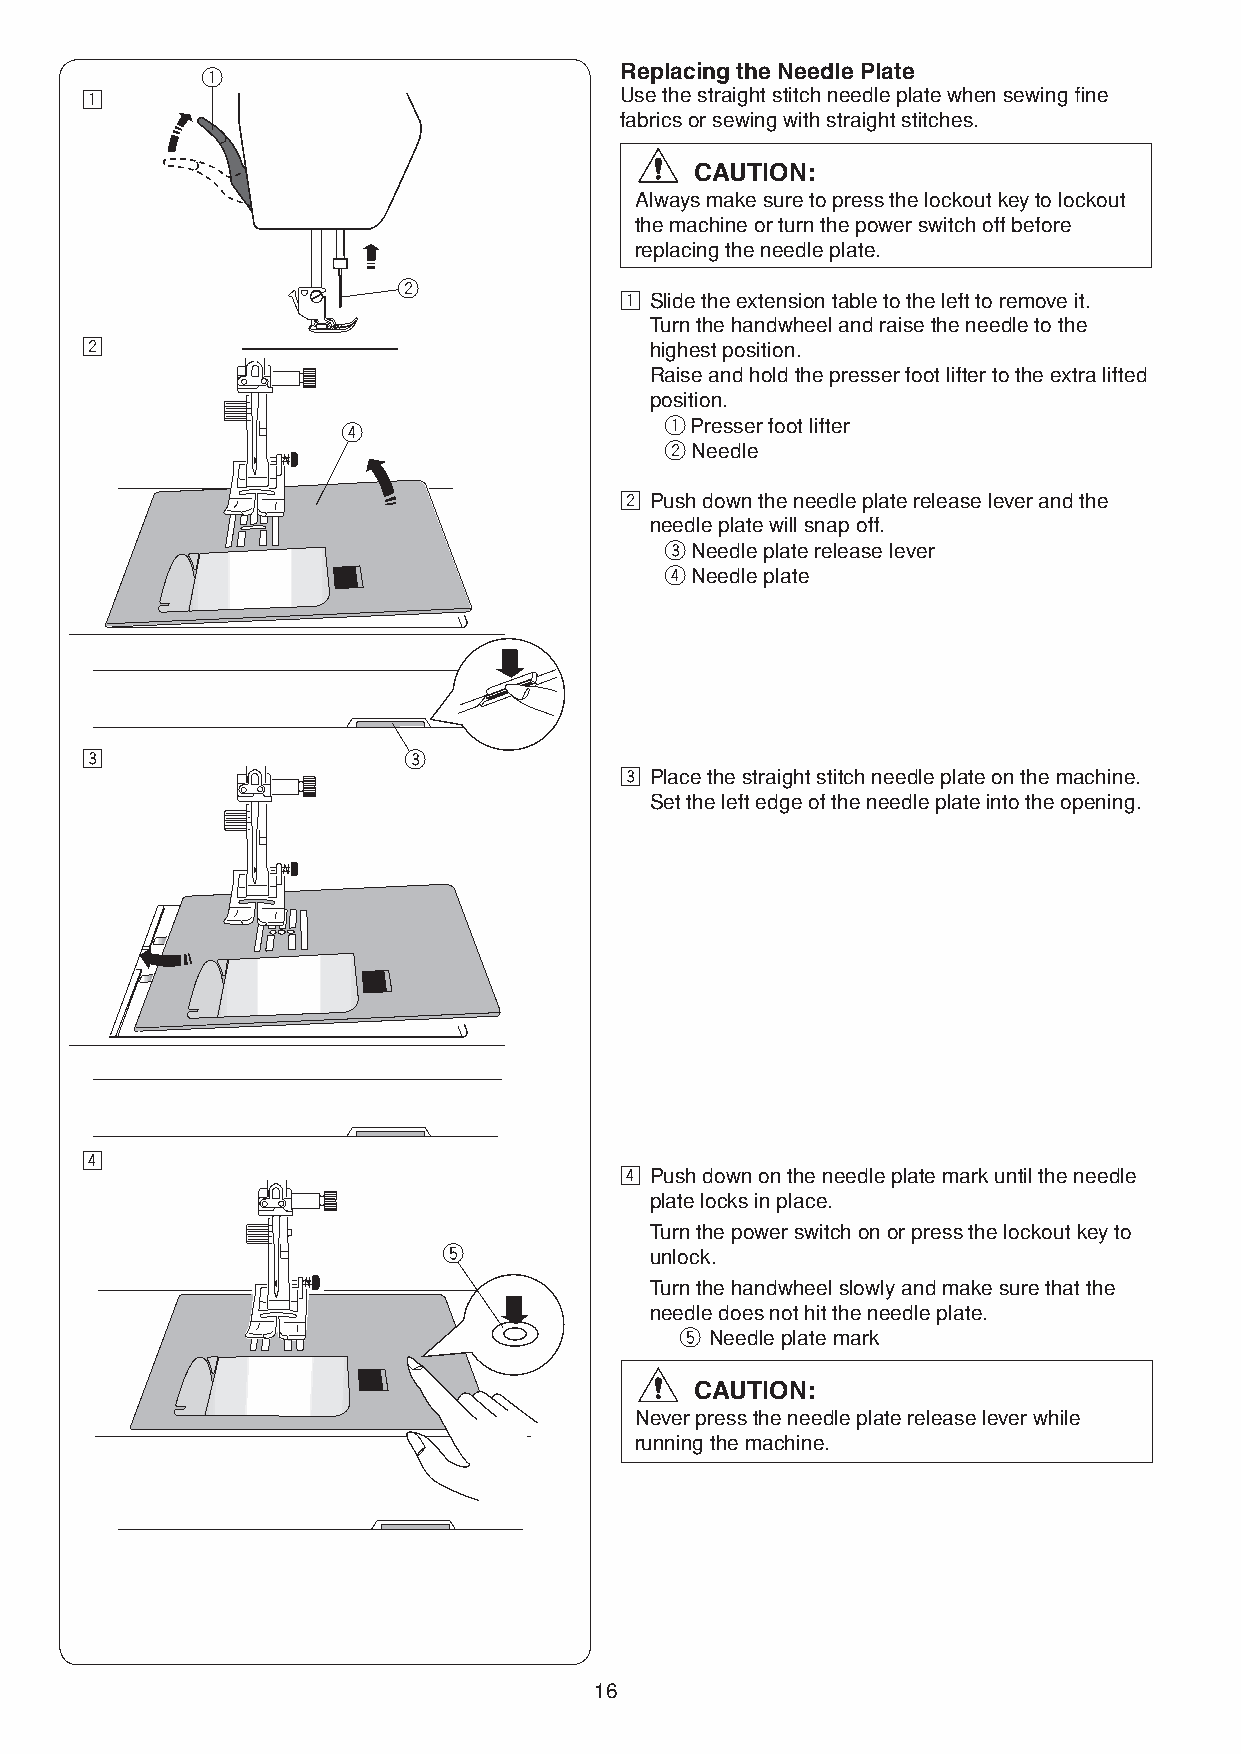
q                           Replacing the Needle Plate
 z                                   Use the straight stitch needle plate when sewing fine
 fabrics or sewing with straight stitches.
 CAUTION:
 Always make sure to press the lockout key to lockout
 the machine or turn the power switch off before
 replacing the needle plate.
 w
 z Slide the extension table to the left to remove it.
 Turn the handwheel and raise the needle to the
 x                                     highest position.
 Raise and hold the presser foot lifter to the extra lifted
 position.
 r                    q Presser foot lifter
 w Needle
 x Push down the needle plate release lever and the
 needle plate will snap off.
 e Needle plate release lever
 r Needle plate
 c                     e
 c Place the straight stitch needle plate on the machine.
 Set the left edge of the needle plate into the opening.
 v
 v Push down on the needle plate mark until the needle
 plate locks in place.
 Turn the power switch on or press the lockout key to
 t             unlock.
 Turn the handwheel slowly and make sure that the
 needle does not hit the needle plate.
 t Needle plate mark
 CAUTION:
 Never press the needle plate release lever while
 running the machine.
 16